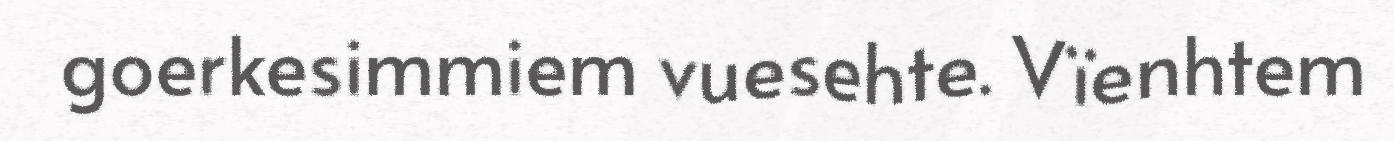
goerkesimmiem vuesehte. Vïenhtem